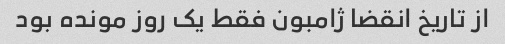
از تاریخ انقضا ژامبون فقط یک روز مونده بود